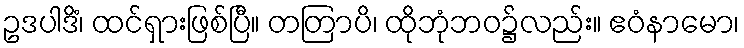
ဥဒပါဒိံ၊ ထင်ရှားဖြစ်ပြီ။ တတြာပိ၊ ထိုဘုံဘဝ၌လည်း။ ဧဝံနာမော၊